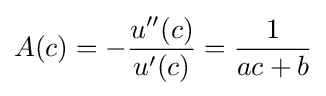
A(c)=-{\frac {u''(c)}{u'(c)}}={\frac {1}{ac+b}}